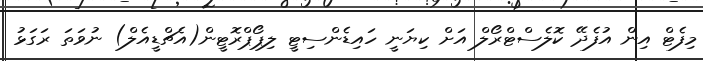
މިފެޓް އިން އުފެދޭ ކޮލެސްޓްރޯލް އަށް ކިޔަނީ ހައިޑެންސިޓީ ލިޕޯޕްރޮޓީން(އެޗްޑީއެލް) ނުވަތަ ރަގަޅު